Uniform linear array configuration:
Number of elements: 8
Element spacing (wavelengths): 0.5
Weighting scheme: cosine
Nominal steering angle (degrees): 30
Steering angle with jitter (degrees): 29.932
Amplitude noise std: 0.05
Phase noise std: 0.05

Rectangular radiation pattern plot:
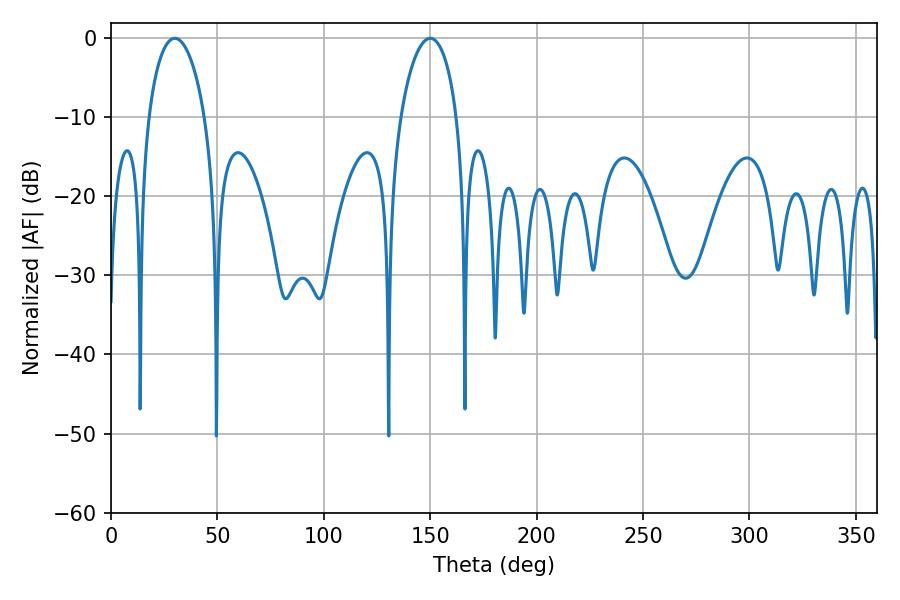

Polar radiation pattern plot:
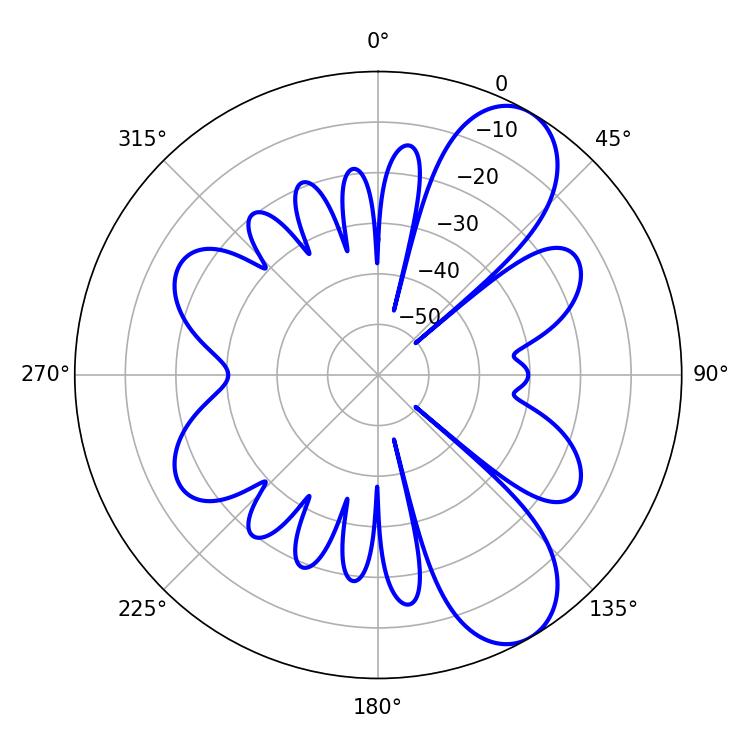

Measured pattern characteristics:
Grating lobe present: FALSE
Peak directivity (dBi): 8.665
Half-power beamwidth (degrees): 15.12
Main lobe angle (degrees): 30.06